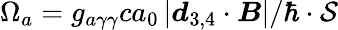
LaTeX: \Omega_{a}=g_{a\gamma\gamma}ca_{0}\left|\boldsymbol d_{3,4}\cdot\boldsymbol B\right|/\hbar\cdot\mathcal S